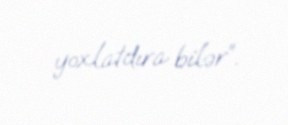
yoxlatdıra bilər”.